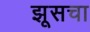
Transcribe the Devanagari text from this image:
झूसचा